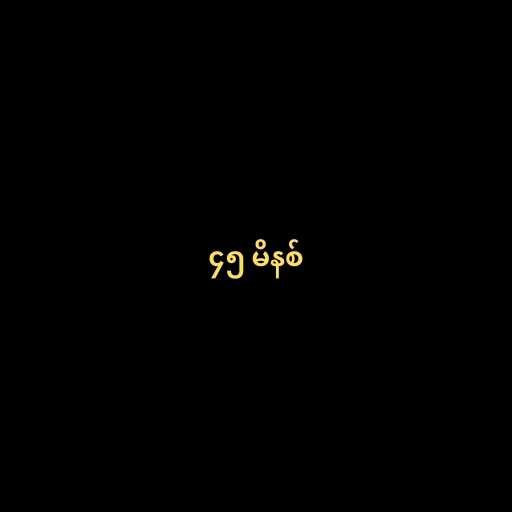
၄၅ မိနစ်